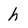
Character: h